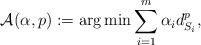
LaTeX: \begin{align*}\mathcal{A}(\alpha ,p):=\arg \min \sum\limits_{i=1}^{m}\alpha_{i}d_{S_{i}}^{p}, \end{align*}